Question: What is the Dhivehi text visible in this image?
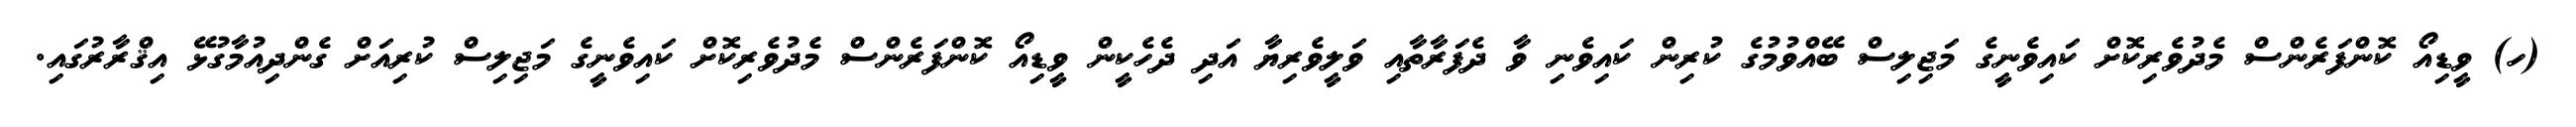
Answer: (ހ) ވީޑިއޯ ކޮންފަރެންސް މެދުވެރިކޮށް ކައިވެނީގެ މަޖިލިސް ބޭއްވުމުގެ ކުރިން ކައިވެނި ވާ ދެފަރާތާއި ވަލީވެރިޔާ އަދި ދެހެކީން ވީޑިއޯ ކޮންފަރެންސް މެދުވެރިކޮށް ކައިވެނީގެ މަޖިލިސް ކުރިއަށް ގެންދިއުމާގުޅޭ އިޤްރާރުގައި.